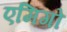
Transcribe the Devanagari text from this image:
एमिगो